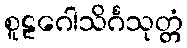
စူဠဂေါသိင်္ဂသုတ္တံ